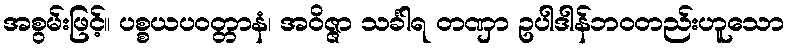
အစွမ်းဖြင့်။ ပစ္စယပဝတ္တာနံ၊ အဝိဇ္ဇာ သင်္ခါရ တဏှာ ဥပါဒါန်ဘဝတည်းဟူသော